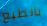
بالطبع